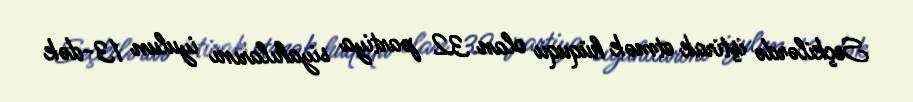
Seçkilərdə iştirak etmək hüququ olan 32 partiya siyahılarını iyulun 13-dək